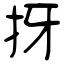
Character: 㧎